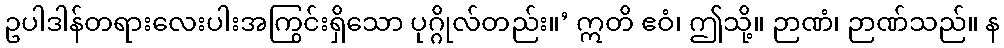
ဥပါဒါန်တရားလေးပါးအကြွင်းရှိသော ပုဂ္ဂိုလ်တည်း။’ ဣတိ ဧဝံ၊ ဤသို့။ ဉာဏံ၊ ဉာဏ်သည်။ န